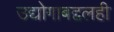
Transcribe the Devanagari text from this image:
उद्योगाबद्दलही